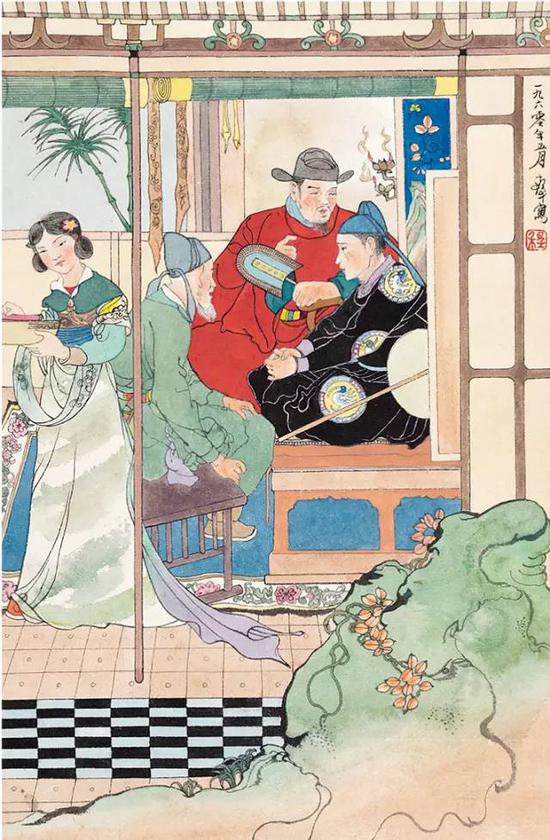
乱则国危，治则国安。